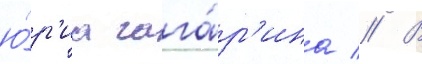
ю́р'иа гага́р'ина // В